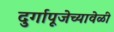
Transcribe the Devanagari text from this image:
दुर्गापूजेच्यावेळी